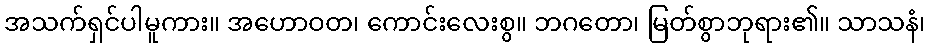
အသက်ရှင်ပါမူကား။ အဟောဝတ၊ ကောင်းလေးစွ။ ဘဂတော၊ မြတ်စွာဘုရား၏။ သာသနံ၊